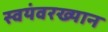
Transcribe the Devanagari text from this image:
स्वयंवरख्यान